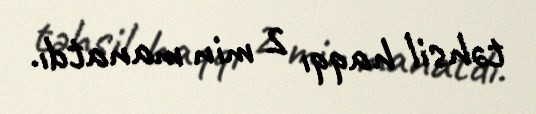
təhsil haqqı 2 min manatdı.